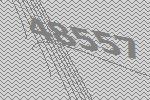
48557